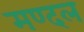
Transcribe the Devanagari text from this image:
मण्दल